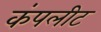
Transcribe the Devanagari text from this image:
कंपलीट